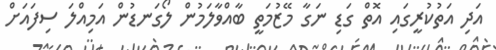
އަދި އަތުކުރީގައި އޮތް ގަޑި ނަގާ މޭޒުމަތީ ބާއްވާލަމުން ލޯގަނޑުން އަމިއްލަ ސިފައަށް